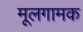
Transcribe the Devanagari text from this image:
मूलगामक